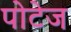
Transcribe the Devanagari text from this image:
पोटेज